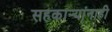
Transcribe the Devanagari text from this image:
सहकार्‍यांनाही